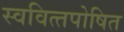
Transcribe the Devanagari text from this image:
स्‍ववित्‍तपोषित